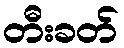
တီးခတ်